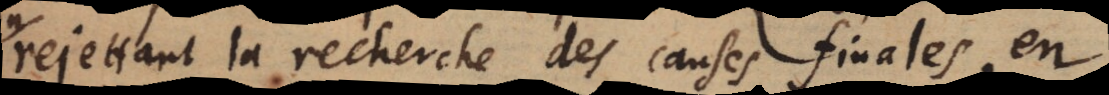
rejettant la recherche des causes finales, en